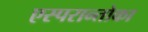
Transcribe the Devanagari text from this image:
एस्परान्तोका